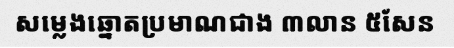
សម្លេងឆ្នោតប្រមាណជាង ៣លាន ៥សែន